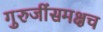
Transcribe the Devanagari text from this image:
गुरुजींसमक्षच